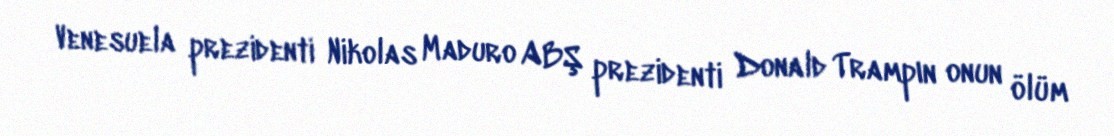
Venesuela prezidenti Nikolas Maduro ABŞ prezidenti Donald Trampın onun ölüm